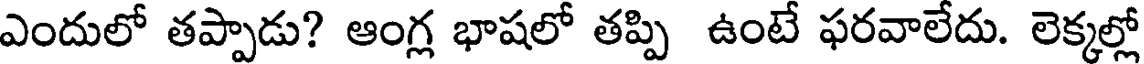
ఎందులో తప్పాడు? ఆంగ్ల భాషలో తప్పి ఉంటే ఫరవాలేదు. లెక్కల్లో